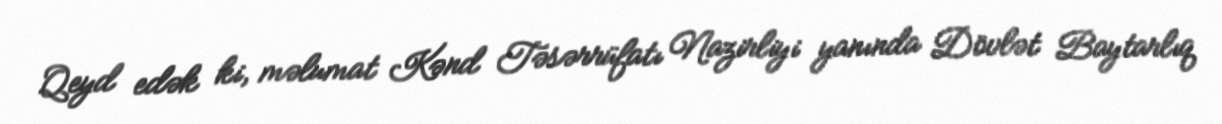
Qeyd edək ki, məlumat Kənd Təsərrüfatı Nazirliyi yanında Dövlət Baytarlıq